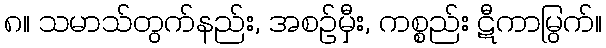
၈။ သမာသ်တွက်နည်း, အစဉ်မှီး, ကစ္စည်း ဋီကာမြွက်။